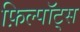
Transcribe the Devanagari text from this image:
फ़िल्पॉट्स